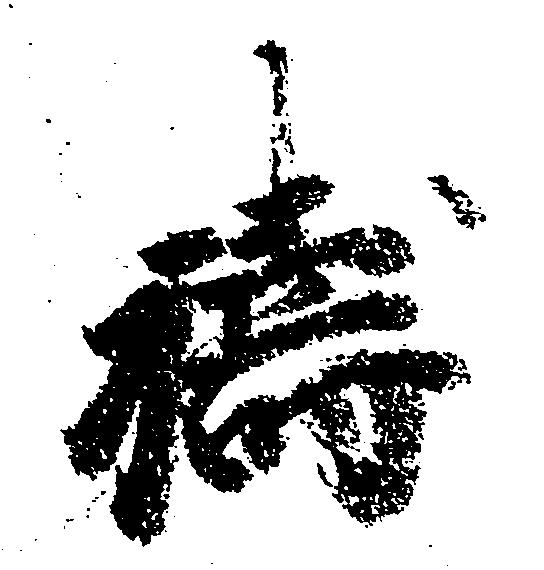
祷